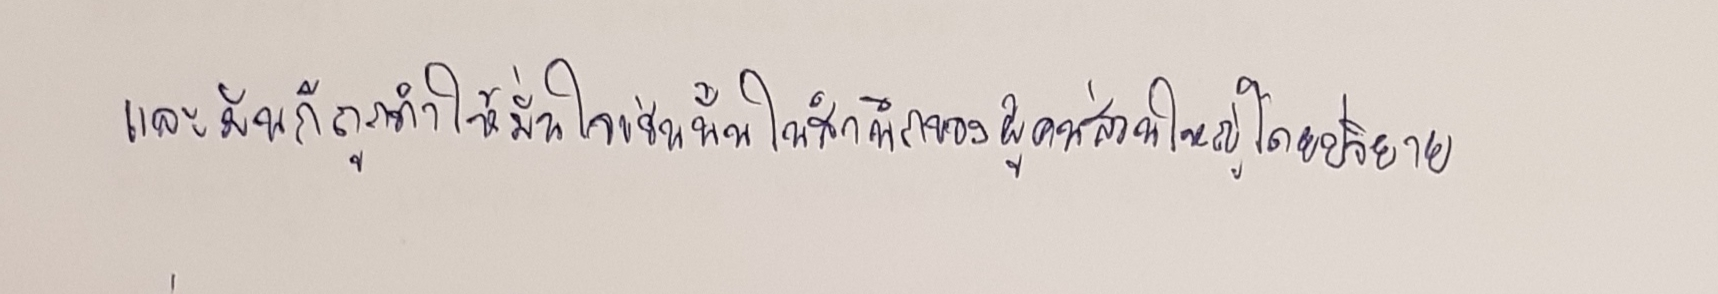
และมันก็ถูกทำให้มั่นใจเช่นนั้นในสำนึกของผู้คนส่วนใหญ่โดยปริยาย